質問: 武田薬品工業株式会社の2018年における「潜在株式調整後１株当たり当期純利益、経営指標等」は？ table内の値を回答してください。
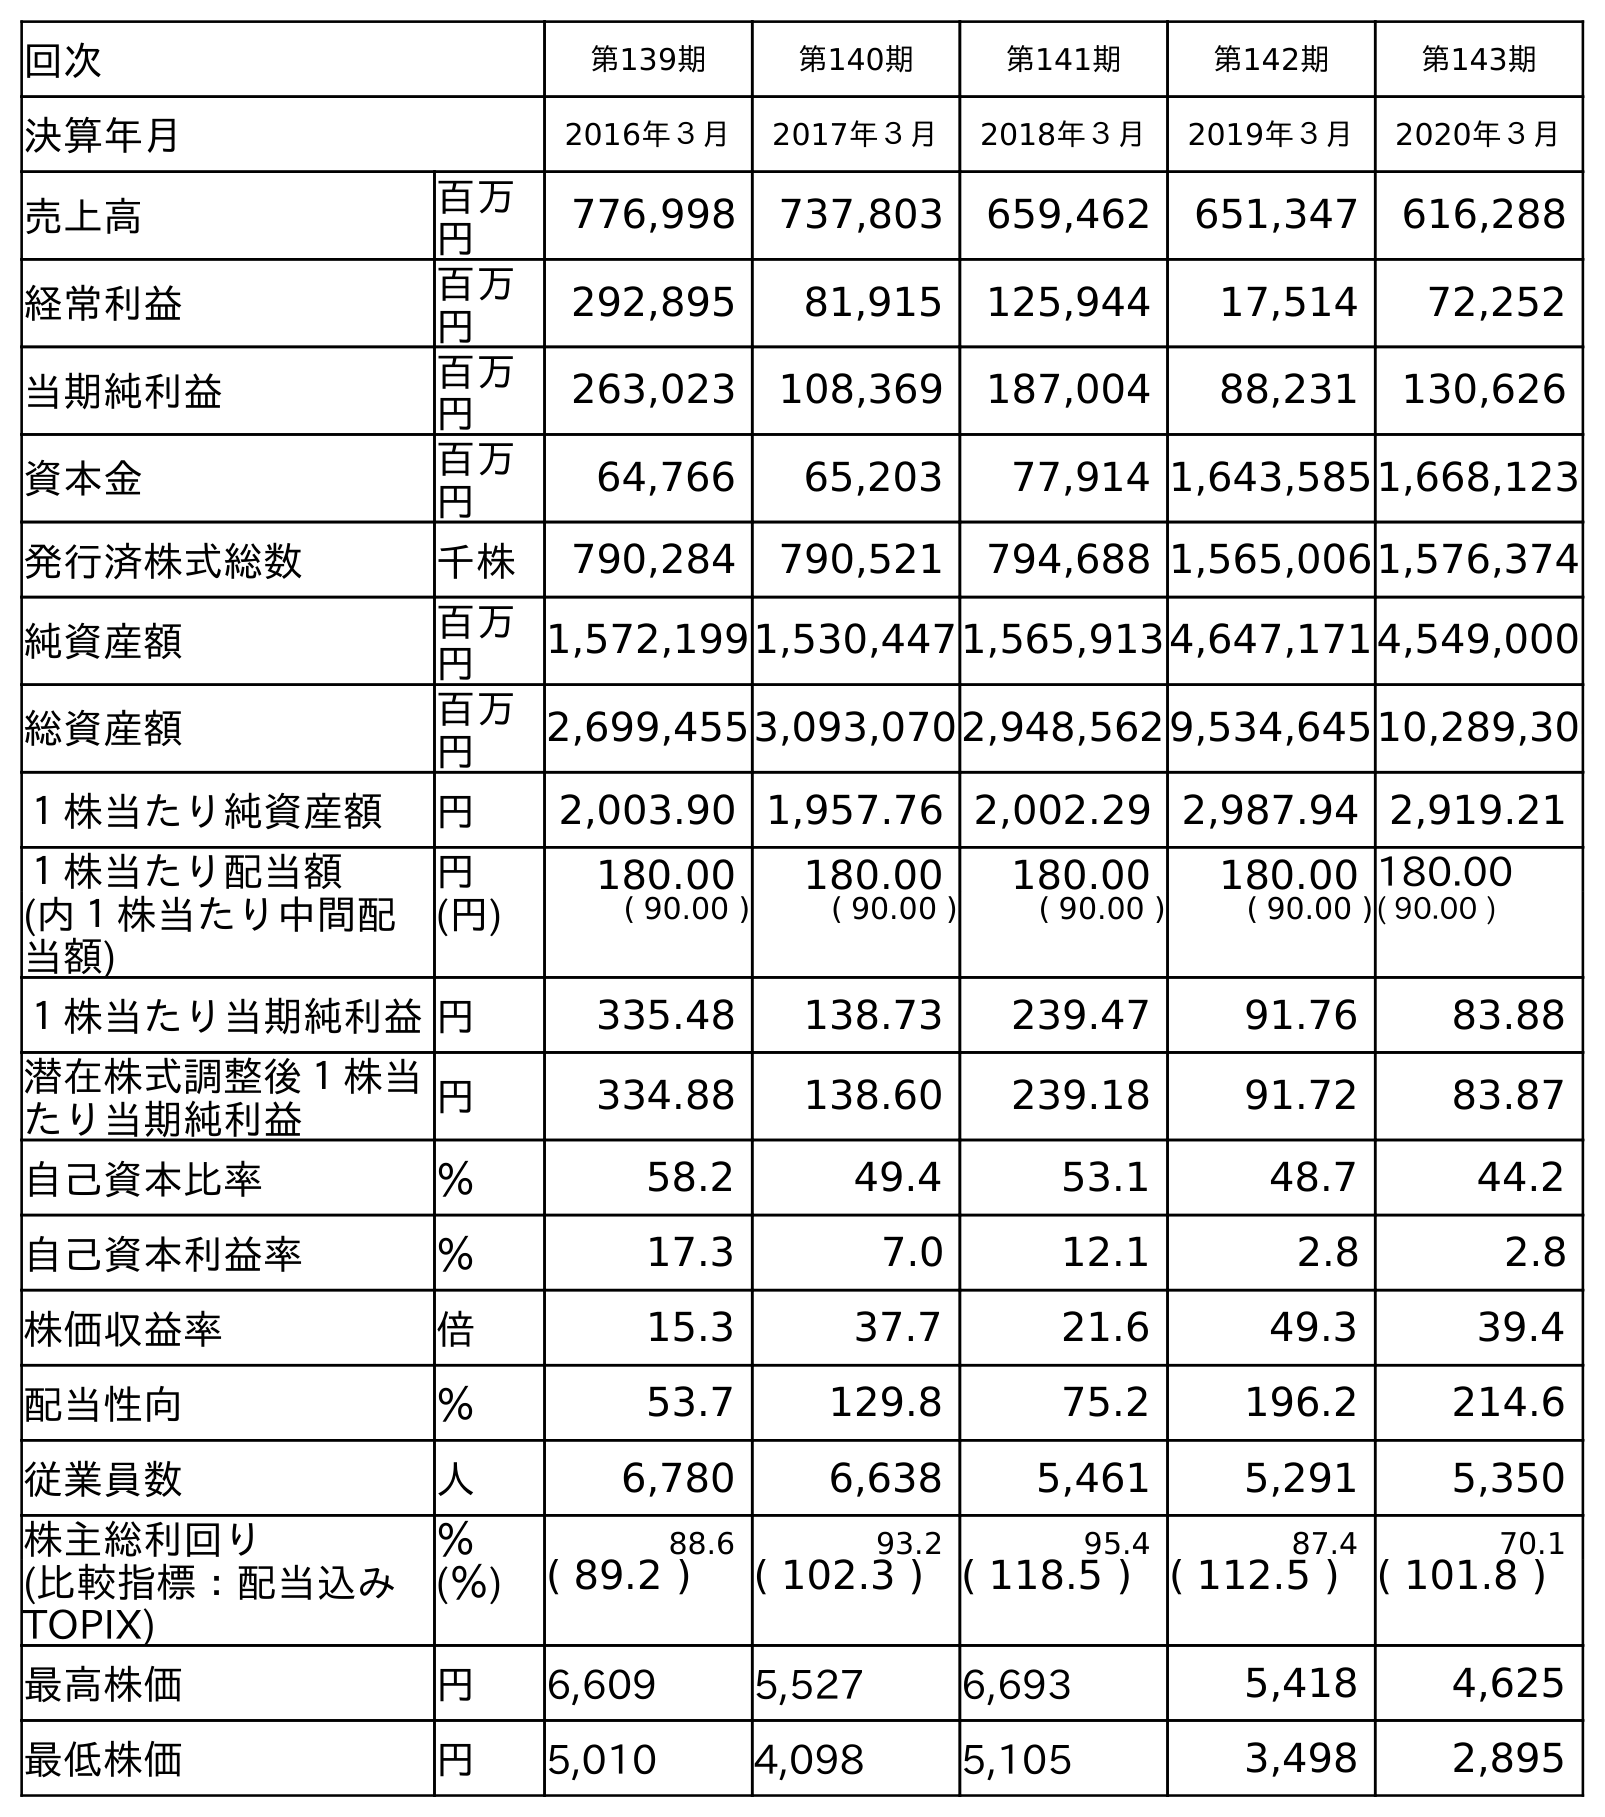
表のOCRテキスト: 回次 第139期 第140期 第141期 第142期 第143期 決算年月 2016年３月 2017年３月 2018年３月 2019年３月 2020年３月 売上高 百万 円 776,998 737,803 659,462 651,347 616,288 経常利益 百万 円 292,895 81,915 125,944 17,514 72,252 当期純利益 百万 円 263,023 108,369 187,004 88,231 130,626 資本金 百万 円 64,766 65,203 77,914 1,643,5851,668,123 発行済株式総数 千株 790,284 790,521 794,688 1,565,0061,576,374 純資産額 百万 円 1,572,1991,530,4471,565,9134,647,1714,549,000 総資産額 百万 円 2,699,4553,093,0702,948,5629,534,64510,289,30 １株当たり純資産額 円 2,003.90 1,957.76 2,002.29 2,987.94 2,919.21 １株当たり配当額 円 180.00 180.00 180.00 180.00 180.00 (内１株当たり中間配 当額) (円) ( 90.00 ) ( 90.00 ) ( 90.00 ) ( 90.00 )( 90.00 ) １株当たり当期純利益円 335.48 138.73 239.47 91.76 83.88 潜在株式調整後１株当 たり当期純利益 円 334.88 138.60 239.18 91.72 83.87 自己資本比率 ％ 58.2 49.4 53.1 48.7 44.2 自己資本利益率 ％ 17.3 7.0 12.1 2.8 2.8 株価収益率 倍 15.3 37.7 21.6 49.3 39.4 配当性向 ％ 53.7 129.8 75.2 196.2 214.6 従業員数 人 6,780 6,638 5,461 5,291 5,350 株主総利回り ％ 88.6 93.2 95.4 87.4 70.1 (比較指標：配当込み TOPIX) (％) ( 89.2 ) ( 102.3 ) ( 118.5 ) ( 112.5 ) ( 101.8 ) 最高株価 円 6,609 5,527 6,693 5,418 4,625 最低株価 円 5,010 4,098 5,105 3,498 2,895
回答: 239.18